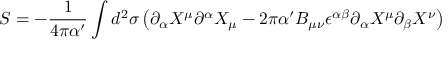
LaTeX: S = - \frac { 1 } { 4 \pi \alpha ^ { \prime } } \int d ^ { 2 } { \sigma } \left( \partial _ { \alpha } X ^ { \mu } \partial ^ { \alpha } X _ { \mu } - 2 \pi \alpha ^ { \prime } B _ { \mu \nu } \epsilon ^ { \alpha \beta } \partial _ { \alpha } X ^ { \mu } \partial _ { \beta } X ^ { \nu } \right)